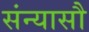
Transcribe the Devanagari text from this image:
संन्यासौ